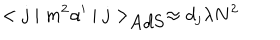
< j \mid m ^ { 2 } \alpha ^ { \prime } \mid j > _ { \mathrm { A d S } } \approx d _ { { j } } \lambda N ^ { 2 }